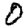
Digit: 0